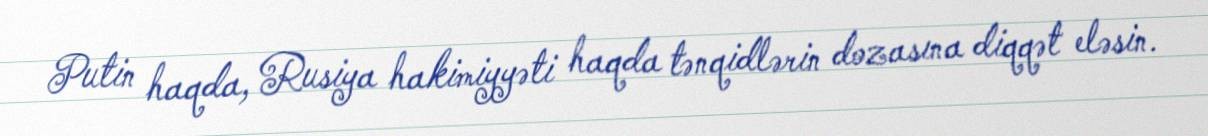
Putin haqda, Rusiya hakimiyyəti haqda tənqidlərin dozasına diqqət eləsin.